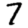
Digit: 7